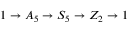
1 \to A _ { 5 } \to S _ { 5 } \to Z _ { 2 } \to 1